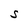
Character: S